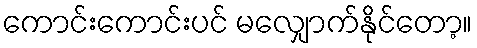
ကောင်းကောင်းပင် မလျှောက်နိုင်တော့။